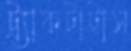
ট্র্যাকটাটাস